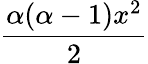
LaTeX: \frac{\alpha(\alpha-1)x^{2}}{2}